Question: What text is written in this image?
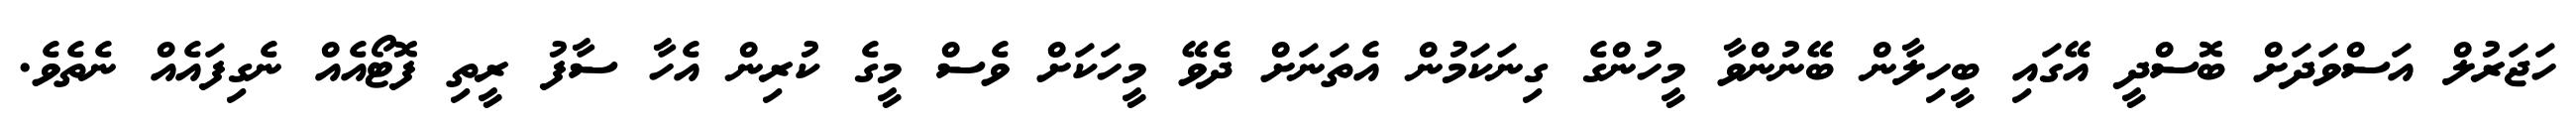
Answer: ހަޖަރުލް އަސްވަދަށް ބޮސްދީ އޭގައި ބީހިލާން ބޭނުންވާ މީހުންގެ ގިނަކަމުން އެތަނަށް ދެވޭ މީހަކަށް ވެސް މީގެ ކުރިން އެހާ ސާފު ރީތި ފޮޓޯއެއް ނެގިފައެއް ނެތެވެ.